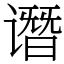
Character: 谮